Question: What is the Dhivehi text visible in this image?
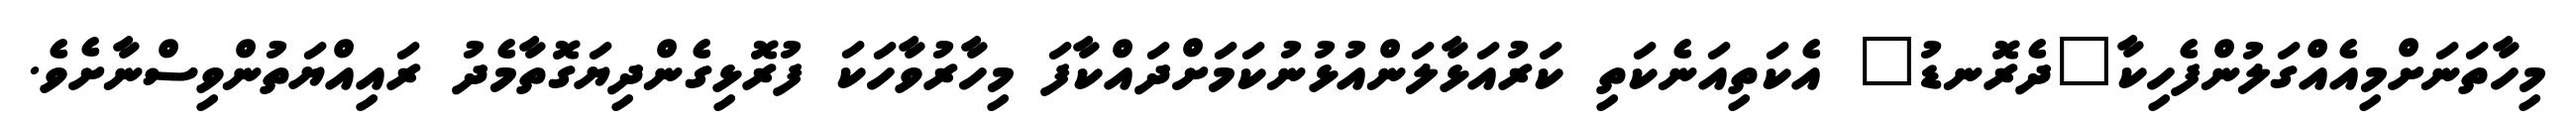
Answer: މިހާތަނަށްމިއެއްގަލުންފެހިކާ"ދެރޮނޑު" އެކަތިއަނެކަތި ކަރުއަޅާލަންއުޅުނުކަމަށްދައްކާފަ މިހާރުވާހަކަ ފުރޮޅިގެންދިޔަގޮތާމެދު ރައިއްޔަތުންވިސްނާށެވެ.